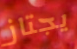
يجتاز